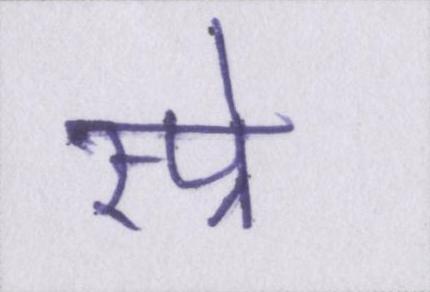
स्प्रे